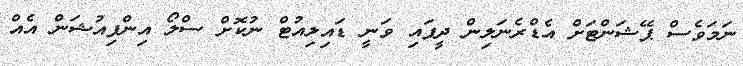
ނަމަވެސް ޕޭޝަންޓަށް އެޑްރެނަލިން ދީފައި ވަނީ ޑައިލިއުޓް ނުކޮށް ސްލޯ އިންފިއުޝަން އެއް